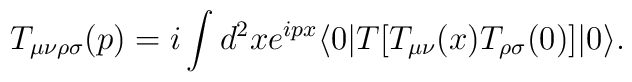
T_{\mu \nu \rho \sigma}(p) = i \int d^{2}x e^{i p x} \langle 0 \vert T \lbrack T_{\mu\nu}(x) T_{\rho\sigma}(0) \rbrack \vert 0 \rangle.